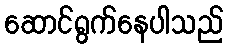
ဆောင်ရွက်နေပါသည်